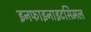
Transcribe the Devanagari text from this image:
इनफाइनाइटसिमल